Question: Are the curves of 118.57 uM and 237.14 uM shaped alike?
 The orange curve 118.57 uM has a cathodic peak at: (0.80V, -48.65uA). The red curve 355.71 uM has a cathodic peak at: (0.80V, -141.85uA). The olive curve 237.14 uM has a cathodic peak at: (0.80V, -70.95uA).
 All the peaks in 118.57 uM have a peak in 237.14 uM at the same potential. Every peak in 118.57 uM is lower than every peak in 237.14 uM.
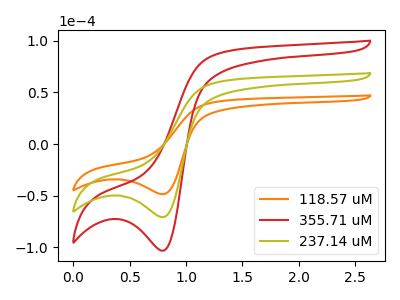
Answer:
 <answer>"118.57 uM" and "237.14 uM" are similar in shape.</answer>
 <eval>same_shape</eval>